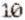
10